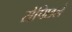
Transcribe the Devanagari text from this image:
सेपिछले